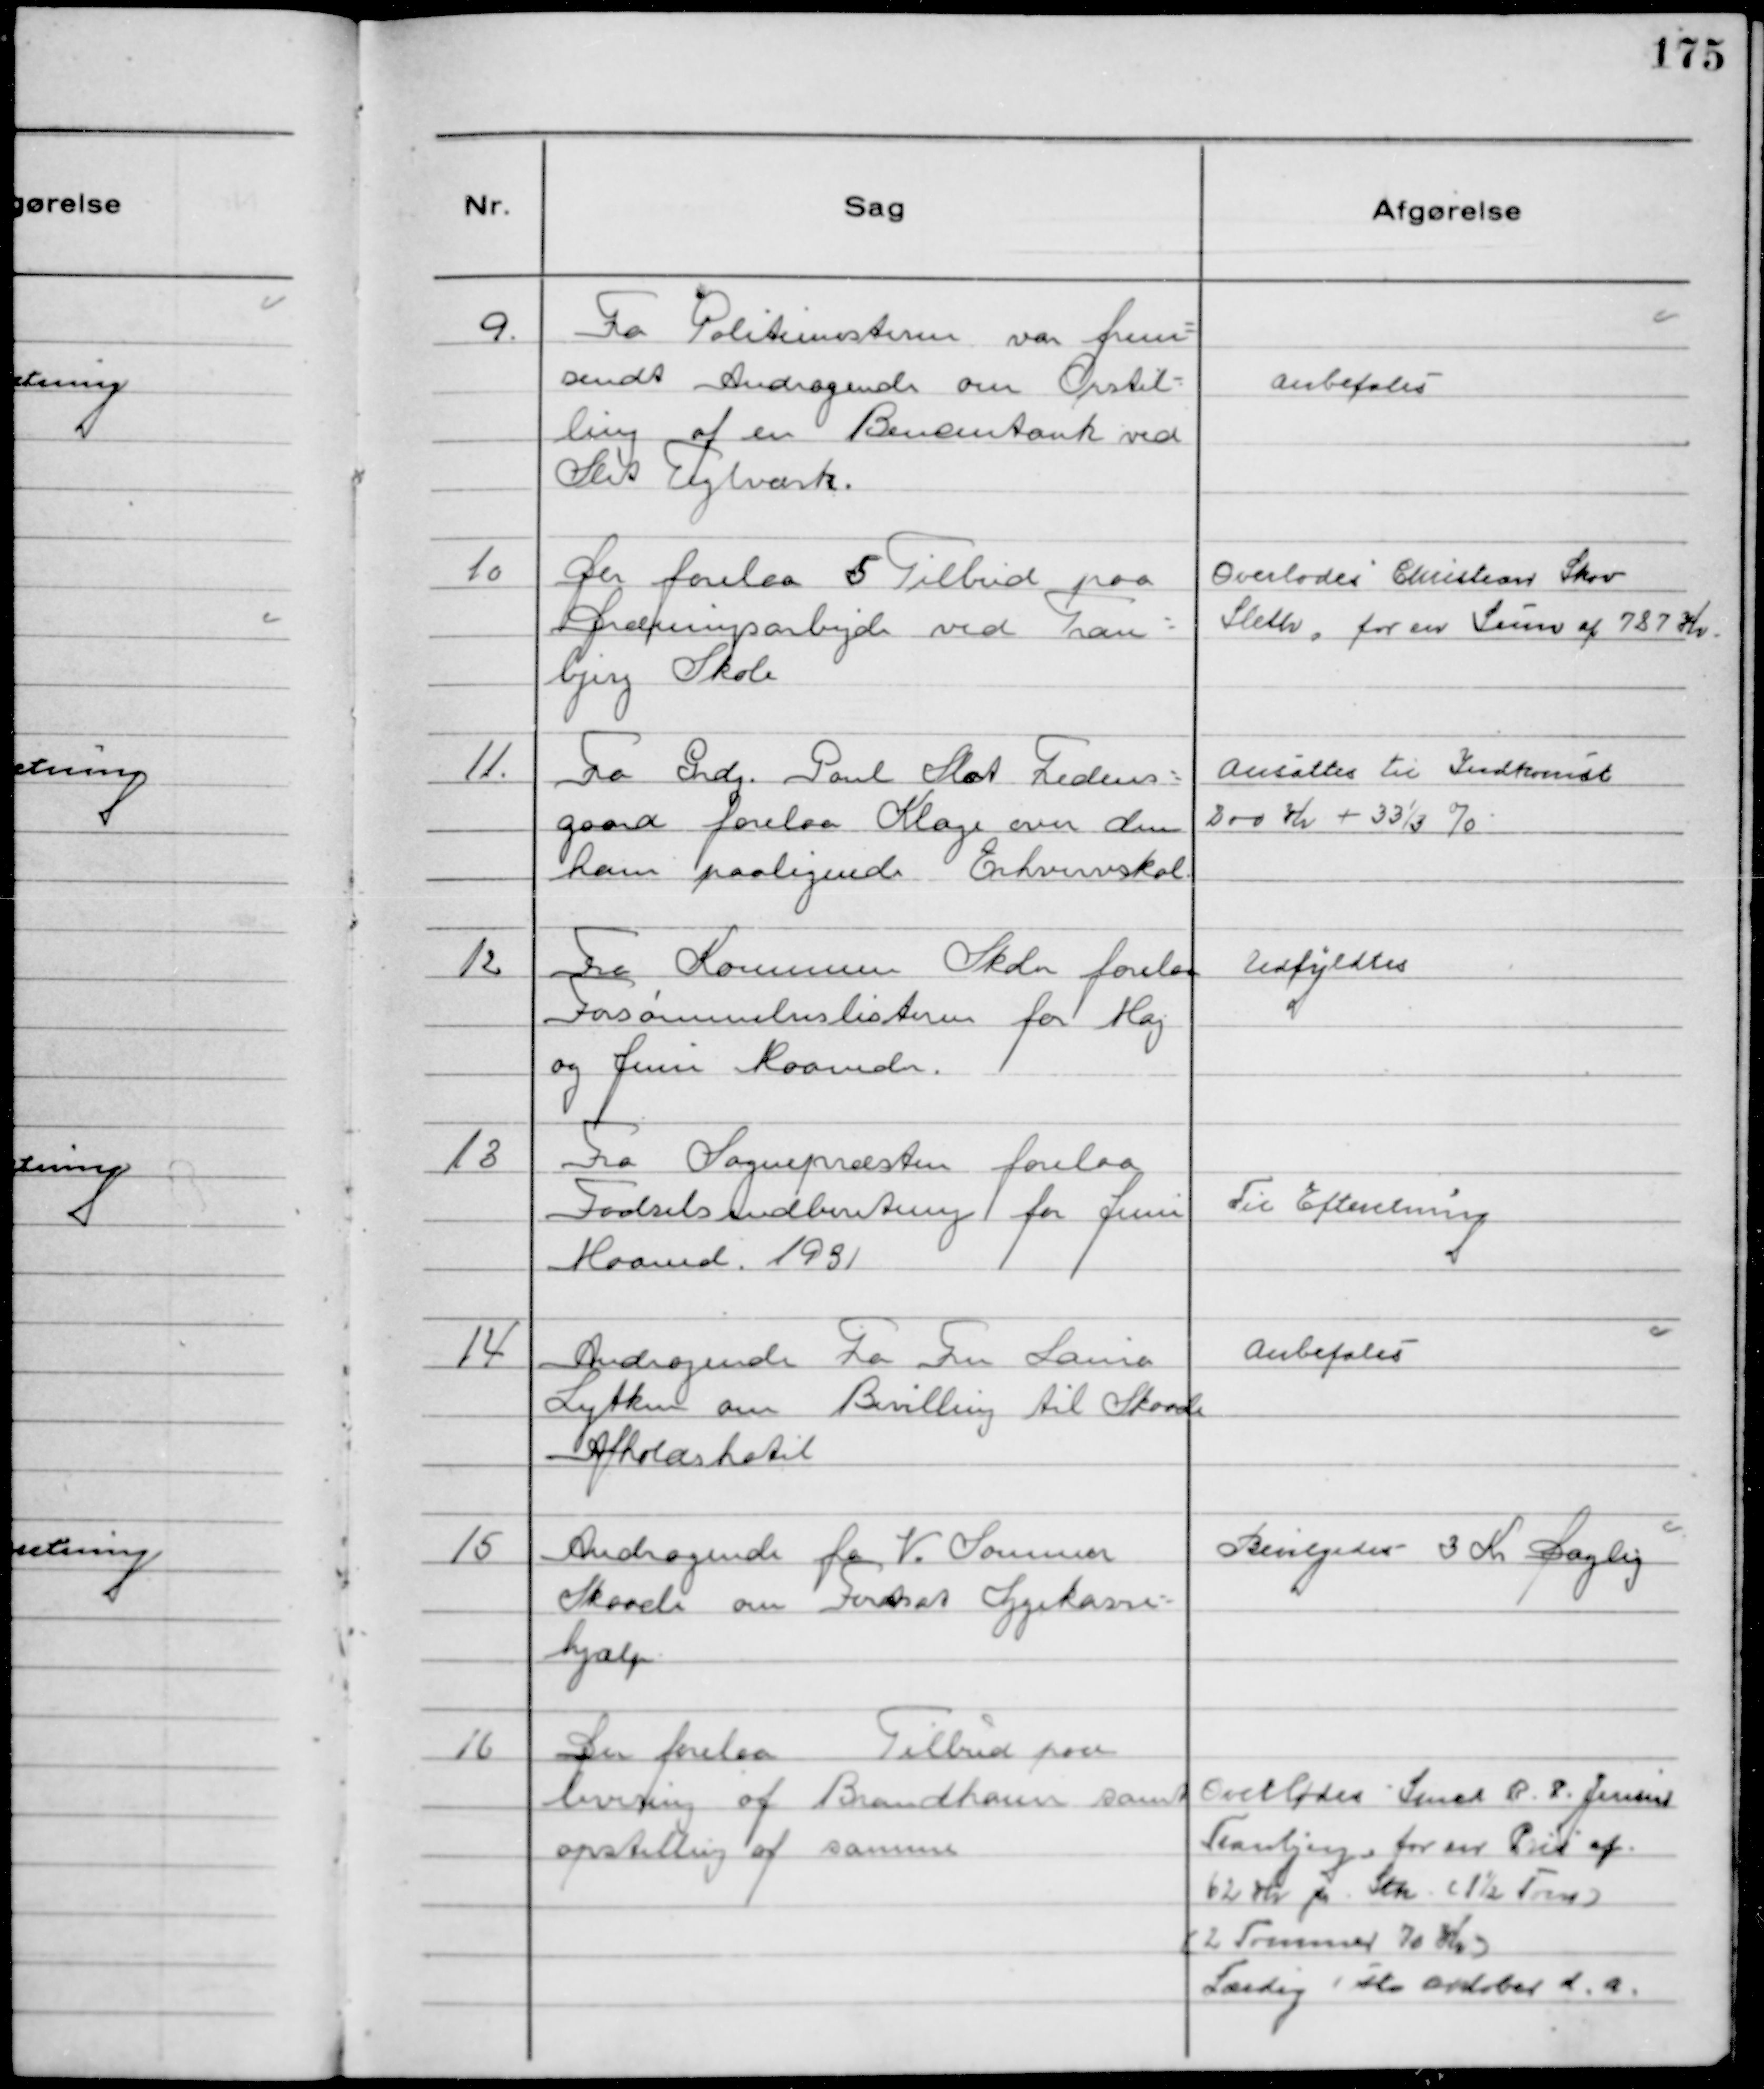
Transskription:
9.
Fra Politimesteren var frem-
sendt Andragende om Opstil-
ling af en Bensintank ved
Slet Teglværk.

Anbefales

10
Der forelaa 5 Tilbud paa
Dræningsarbejde ved Tran-
bjerg Skole

Overlodes Christian Skov
Sleth, for en Sum af 787 Kr.

11.
Fra Grdj. Poul Slot Fredens-
gaard forelaa Klage over den
ham paalignede Erhvervskat.

Ansattes til Indkomst
200 Kr + 33⅓ %

12
Fra Kommunens Skoler forelaa
Forsømmelseslisterne for Maj
og Juni Maaneder.

Udfyldtes

13
Fra Sognepræsten forelaa
Fødselsindberetning for Juni
Maaned 1931

Til Efteretning

14
Andragende Fra Fru Louise
Lytken om Bevilling til Skaade
Afholdshotel

Anbefales

15
Andragende fra V. Sørensen
Skaade om Fortsat Sygekasse-
hjælp

Bevilgedes 3 Kr Daglig

16
Der forelaa Tilbud paa
levering af Brandhaner samt
opstilling af samme

Overlodes Smed R. P. Jensen
Tranbjerg, for en Pris af
62 Kr pr stk (1½ Tom)
(2 Tommer 70 Kr)
Færdig 1ste oktober d.a.